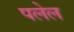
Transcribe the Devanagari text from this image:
पलेल